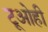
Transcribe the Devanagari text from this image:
टूओही